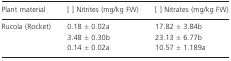
<table><thead><tr><td><b>Plant material</b></td><td><b>[ ] Nitrites (mg/kg FW)</b></td><td><b>[ ] Nitrates (mg/kg FW)</b></td></tr></thead><tbody><tr><td>Rucola (Rocket)</td><td>0.18 ± 0.02a</td><td>17.82 ± 3.84b</td></tr><tr><td>[EMPTY_CELL]</td><td>3.48 ± 0.30b</td><td>23.13 ± 6.77b</td></tr><tr><td>[EMPTY_CELL]</td><td>0.14 ± 0.02a</td><td>10.57 ± 1.189a</td></tr></tbody></table>